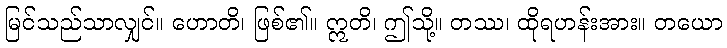
မြင်သည်သာလျှင်။ ဟောတိ၊ ဖြစ်၏။ ဣတိ၊ ဤသို့။ တဿ၊ ထိုရဟန်းအား။ တယော